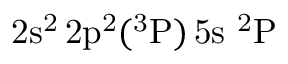
\mathrm { 2 s ^ { 2 } \, 2 p ^ { 2 } ( ^ { 3 } P ) \, 5 s ~ ^ { 2 } P }